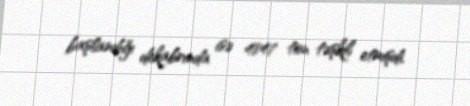
başlandığı dekabrında isə 4847 ton təşkil etmişdi.